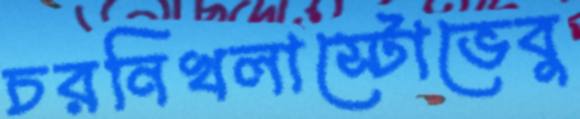
চরনিখলাস্টোভেবু